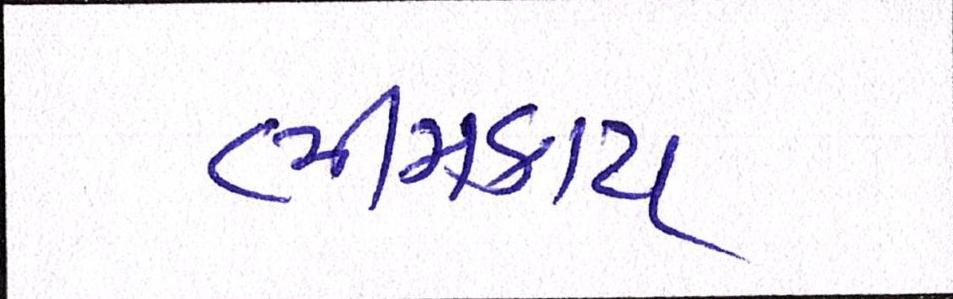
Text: ભીમકાય